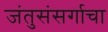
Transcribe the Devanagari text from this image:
जंतुसंसर्गाचा